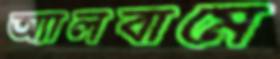
অ্যালবামে